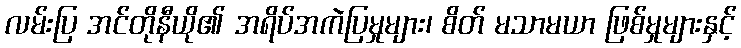
လမ်းပြ အင်တိုနီယို၏ အရိပ်အကဲပြမှုများ၊ စိတ် မသာမယာ ဖြစ်မှုများနှင့်